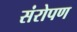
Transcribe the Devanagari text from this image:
संरोपण